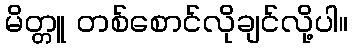
မိတ္တူ တစ်စောင်လိုချင်လို့ပါ။